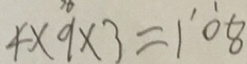
4 \times 9 \times 3 = \dot { 1 } \dot { 0 } 8